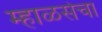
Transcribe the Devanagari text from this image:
म्हाळसेचा